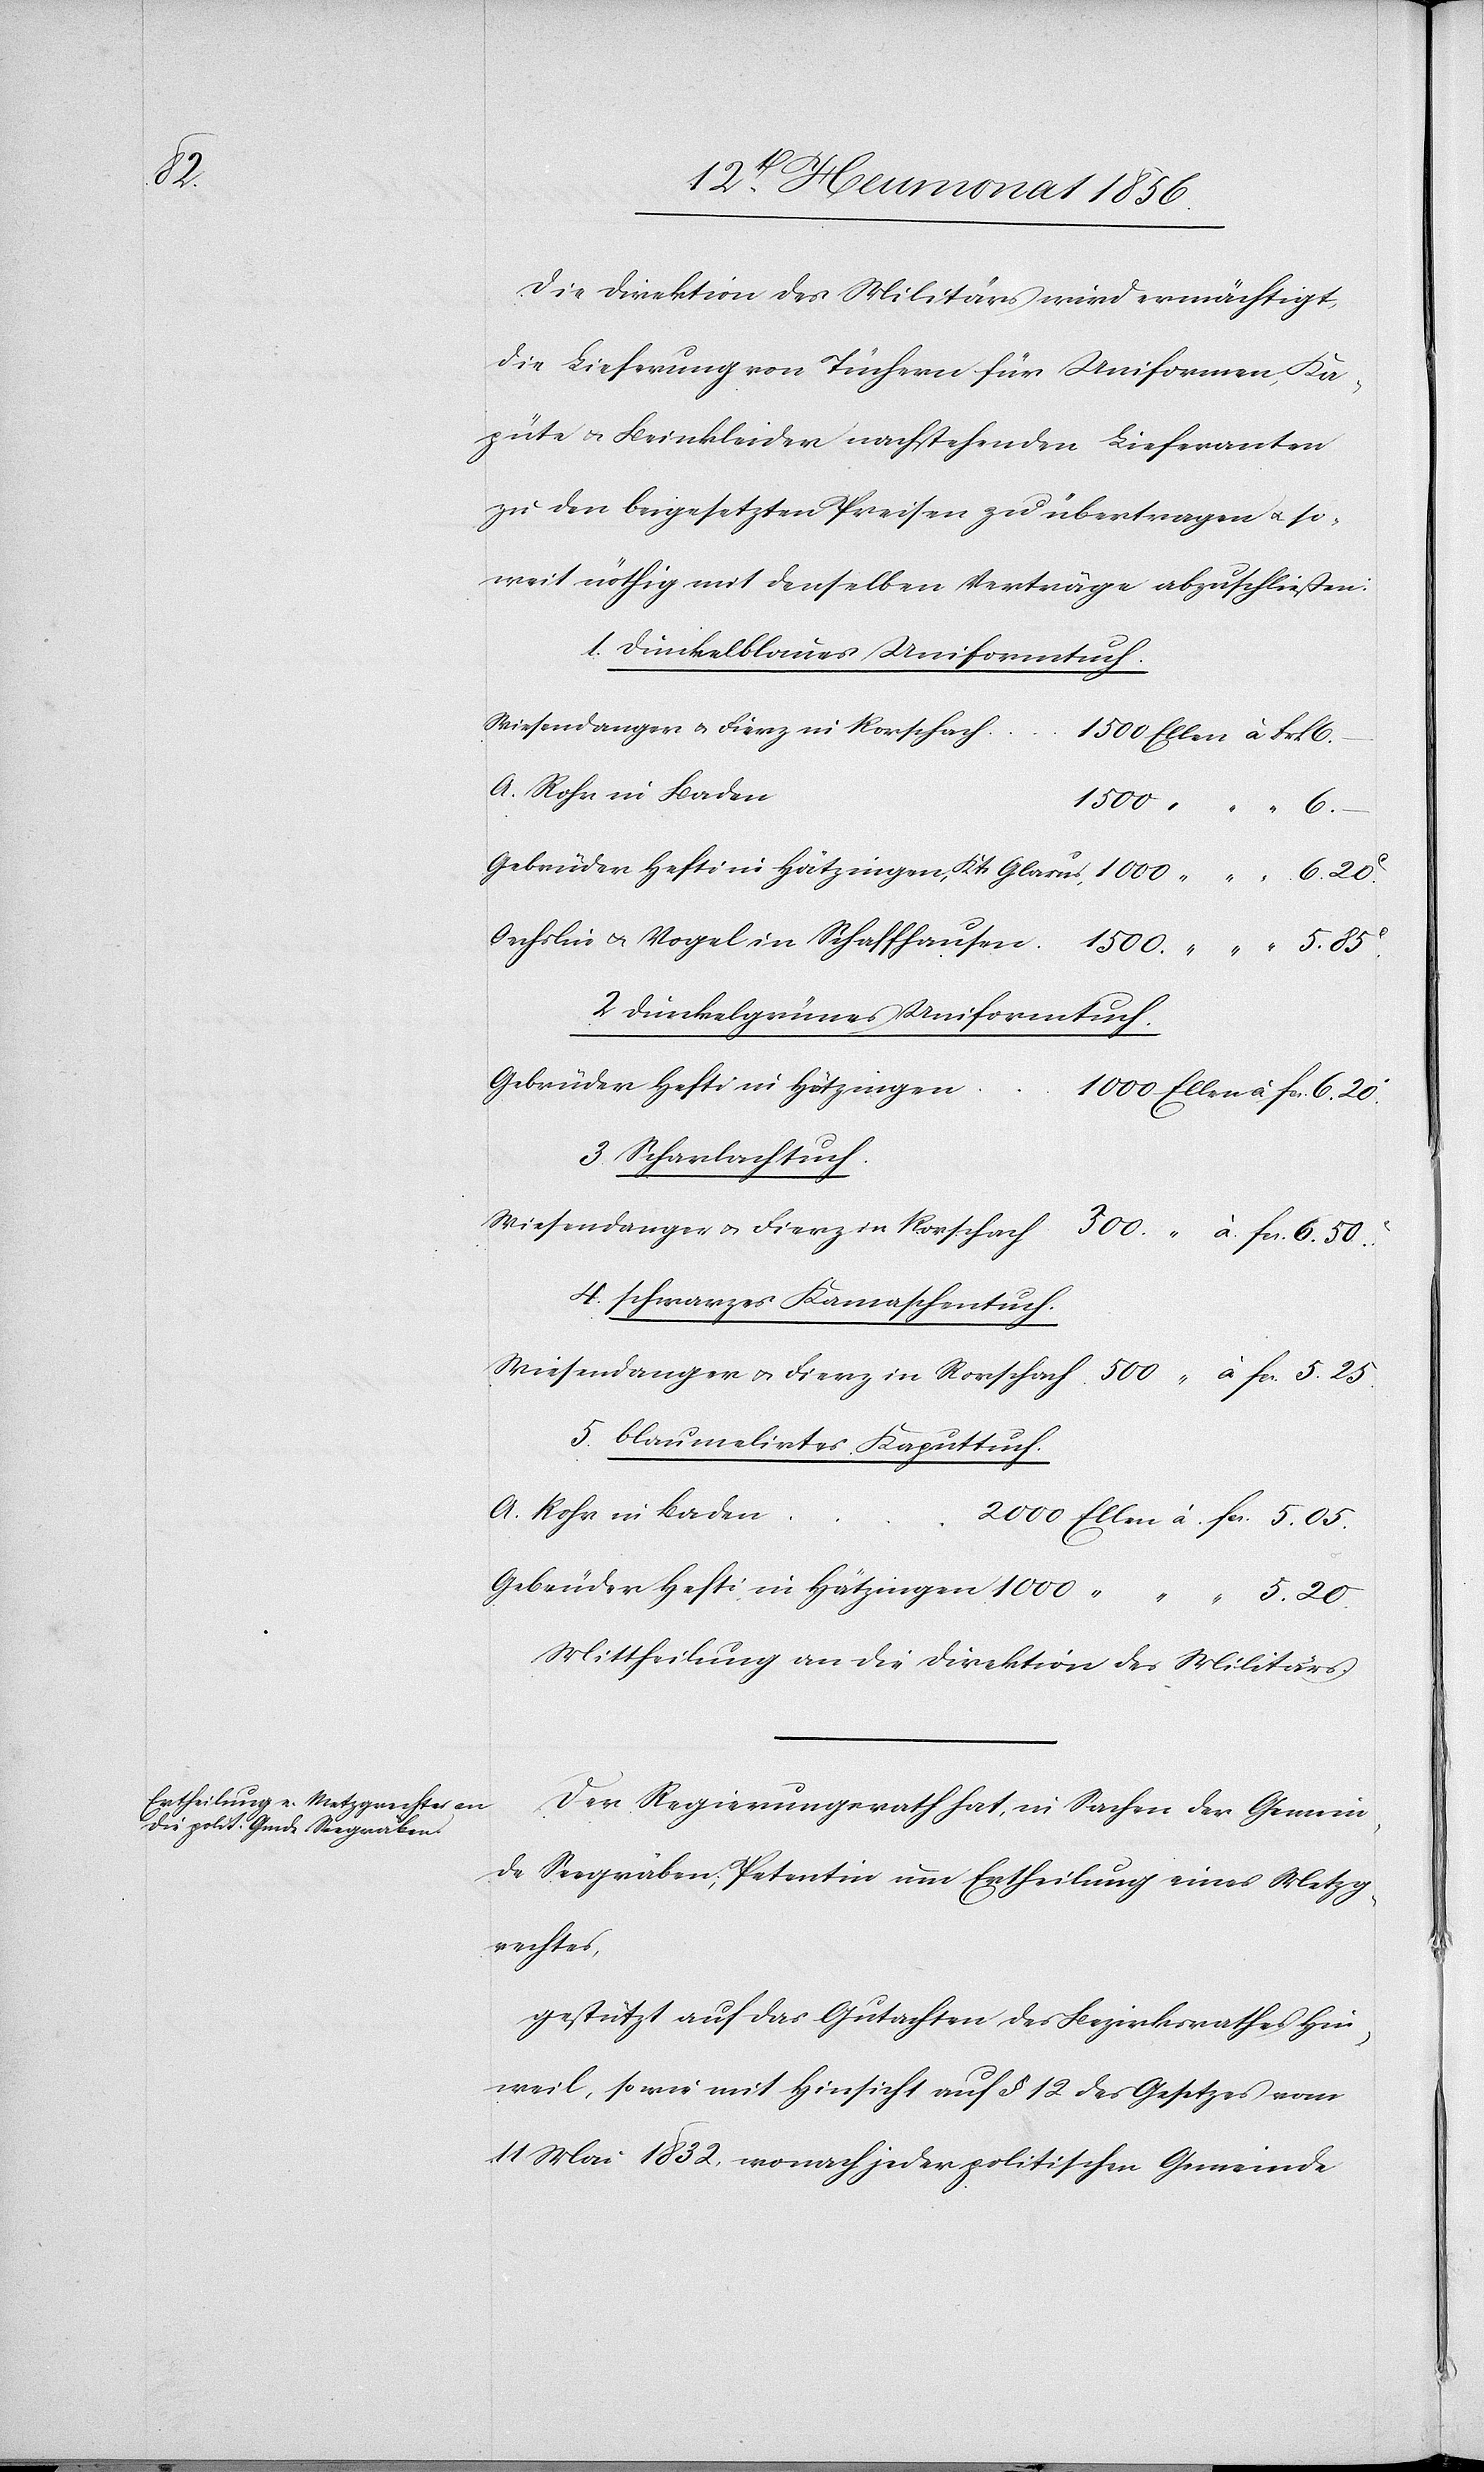
20.

Die Direktion des Militärs wird ermächtigt,
die Lieferung von Tüchern für Uniformen, Ka¬
püte u. Beinkleider nachstehenden Lieferanten
zu den beigesetzten Preisen zu übertragen u. so¬
weit nöthig mit denselben Verträge abzuschließen:
1. Dunkelblaues Uniformtuch.
Wiesendanger u. Fierz in Rorschach
A. Rohr in Baden
2. Dunkelgrünes Uniformtuch.
Gebrüder Hefti in Hätzingen
3. Scharlachtuch.
4. schwarzes Kamaschentuch.
5. blaumelirtes Kaputtuch.
A. Rohr in Baden
Mittheilung an die Direktion des Militärs.
Der Regierungsrath hat, in Sachen der Gemein¬
de Seegräben; Petentin um Ertheilung eines Metzg¬
rechtes,
gestützt auf das Gutachten des Bezirksrathes Hin¬
weil, sowie mit Hinsicht auf § 12 des Gesetzes vom
11 Mai 1832, wonach jeder politischen Gemeinde